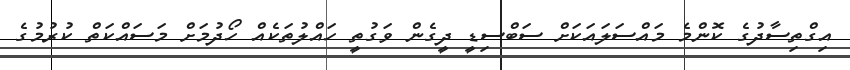
އިގްތިސާދުގެ ކޮންމެ މައްސަލައަކަށް ސަބްސިޑީ ދީގެން ވަގުތީ ހައްލުތަކެއް ހޯދުމަށް މަސައްކަތް ކުރުމުގެ